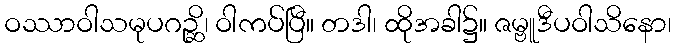
ဝဿာဝါသမုပဂဉ္ဆိ၊ ဝါကပ်ပြီ။ တဒါ၊ ထိုအခါ၌။ ဇမ္ဗူဒီပဝါသိနော၊